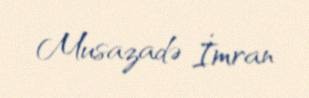
Musazadə İmran